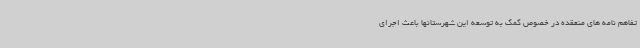
تفاهم نامه های منعقده در خصوص کمک به توسعه این شهرستانها باعث اجرای